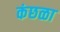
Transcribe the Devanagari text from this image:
कंछळा